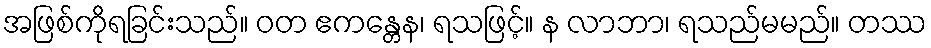
အဖြစ်ကိုရခြင်းသည်။ ဝတ ဧကန္တေန၊ ရသဖြင့်။ န လာဘာ၊ ရသည်မမည်။ တဿ